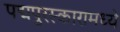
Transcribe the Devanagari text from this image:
पद्मपुरस्कारांमध्ये